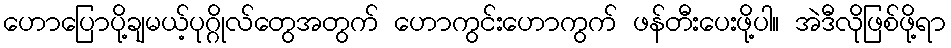
ဟောပြောပို့ချမယ့်ပုဂ္ဂိုလ်တွေအတွက် ဟောကွင်းဟောကွက် ဖန်တီးပေးဖို့ပါ။ အဲဒီလိုဖြစ်ဖို့ရာ